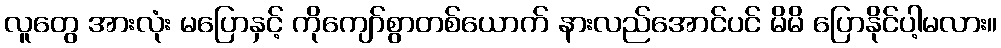
လူတွေ အားလုံး မပြောနှင့် ကိုကျော်စွာတစ်ယောက် နားလည်အောင်ပင် မိမိ ပြောနိုင်ပါ့မလား။